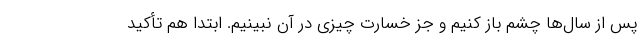
پس از سال‌ها چشم باز کنیم و جز خسارت چیزی در آن نبینیم. ابتدا هم تأکید